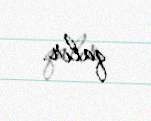
qalır.